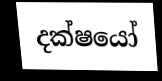
දක්ෂයෝ